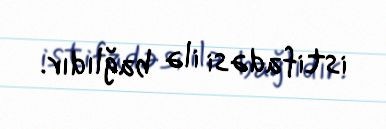
istifadəsi ilə bağlıdır.